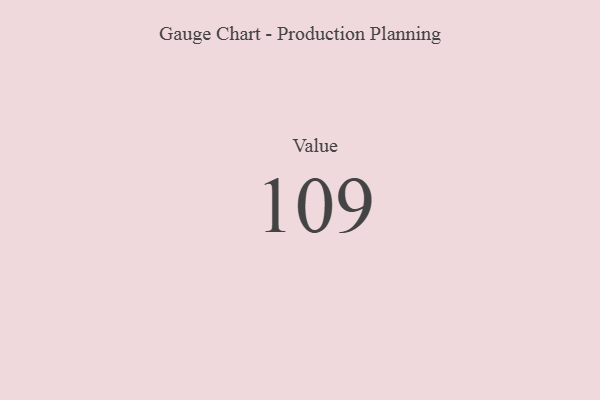
{"axis": {"x": "Metric", "y": "Value"}, "legend": [""], "data": [{"x": "Value", "y": 109, "type": ""}]}